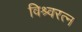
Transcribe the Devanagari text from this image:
विश्र्वरत्न